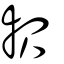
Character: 報